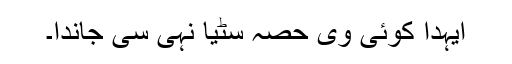
ایہدا کوئی وی حصہ سُٹیا نہی سی جاندا۔